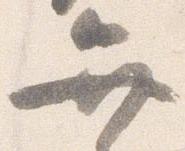
弁